Report of the Bombay Veterinary College
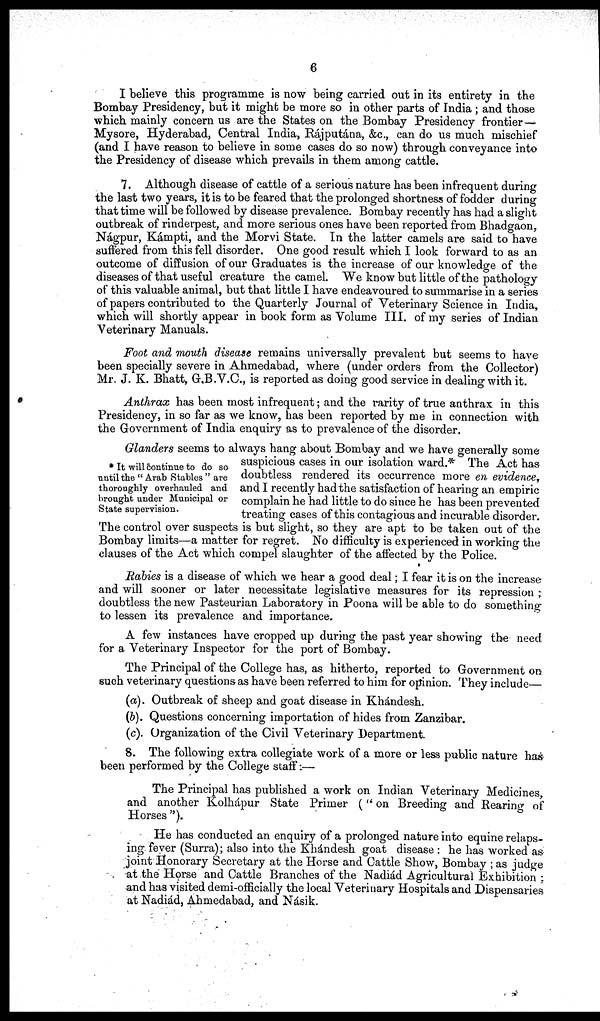
6
I believe this programme is now being carried out in its entirety in the
Bombay Presidency, but it might be more so in other parts of India; and those
which mainly concern us are the States on the Bombay Presidency frontier—
Mysore, Hyderabad, Central India, Rájputána, &c., can do us much mischief
(and I have reason to believe in some cases do so now) through conveyance into
the Presidency of disease which prevails in them among cattle.
7. Although disease of cattle of a serious nature has been infrequent during
the last two years, it is to be feared that the prolonged shortness of fodder during
that time will be followed by disease prevalence. Bombay recently has had a slight
outbreak of rinderpest, and more serious ones have been reported from Bhadgaon,
Nágpur, Kámpti, and the Morvi State. In the latter camels are said to have
suffered from this fell disorder. One good result which I look forward to as an
outcome of diffusion of our Graduates is the increase of our knowledge of the
diseases of that useful creature the camel. We know but little of the pathology
of this valuable animal, but that little I have endeavoured to summarise in a series
of papers contributed to the Quarterly Journal of Veterinary Science in India,
which will shortly appear in book form as Volume III. of my series of Indian
Veterinary Manuals.
Foot and mouth disease remains universally prevalent but seems to have
been specially severe in Ahmedabad, where (under orders from the Collector)
Mr. J. K. Bhatt, G.B.V.C., is reported as doing good service in dealing with it.
Anthrax has been most infrequent ; and the rarity of true anthrax in this
Presidency, in so far as we know, has been reported by me in connection with
the Government of India enquiry as to prevalence of the disorder.
* It will continue to do so
until the " Arab Stables " are
thoroughly overhauled and
brought under Municipal or
State supervision.
Glanders seems to always hang about Bombay and we have generally some
suspicious
cases
in
our
isolation
ward.*
The
Act
has
doubtless
rendered
its
occurrence
more
en
evidence,
and
I
recently
had
the
satisfaction
of
hearing
an
empiric
complain he had little to do since he has been prevented
treating
cases
of
this
contagious
and
incurable
disorder.
The control over suspects is but slight, so they are apt to be taken out of the
Bombay limits—a matter for regret. No difficulty is experienced in working the
clauses of the Act which compel slaughter of the affected by the Police.
Rabies is a disease of which we hear a good deal ; I fear it is on the increase
and will sooner or later necessitate legislative measures for its repression ;
doubtless the new Pasteurian Laboratory in Poona will be able to do something
to lessen its prevalence and importance.
A few instances have cropped up during the past year showing the need
for a Veterinary Inspector for the port of Bombay.
The Principal of the College has, as hitherto, reported to Government on
such veterinary questions as have been referred to him for opinion. They include—
(a). Outbreak of sheep and goat disease in Khándesh.
(b). Questions concerning importation of hides from Zanzibar.
(c). Organization of the Civil Veterinary Department.
8. The following extra collegiate work of a more or less public nature has
been performed by the College staff :—
The Principal has published a work on Indian Veterinary Medicines,
and another Kolhápur State Primer ("on Breeding and Rearing of
Horses").
He has conducted an enquiry of a prolonged nature into equine relaps-
ing fever (Surra); also into the Khándesh goat disease : he has worked as
joint Honorary Secretary at the Horse and Cattle Show, Bombay ; as judge
at the Horse and Cattle Branches of the Nadiád Agricultural Exhibition :
and has visited demi-officially the local Veterinary Hospitals and Dispensaries
at Nadiád, Ahmedabad, and Násik.